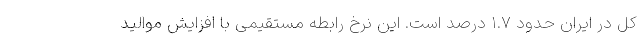
کل در ایران حدود ۱.۷ درصد است. این نرخ رابطه مستقیمی با افزایش موالید